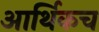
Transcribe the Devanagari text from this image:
आर्थिकच